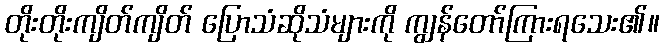
တိုးတိုးကျိတ်ကျိတ် ပြောသံဆိုသံများကို ကျွန်တော်ကြားရသေး၏။